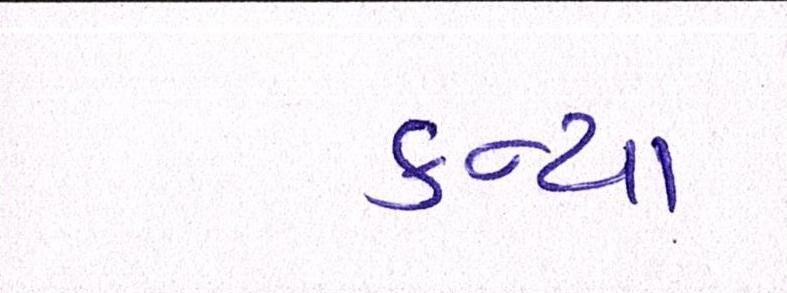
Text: કન્યા